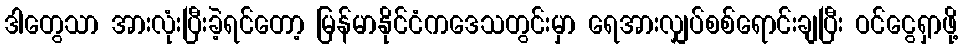
ဒါတွေသာ အားလုံးပြီးခဲ့ရင်တော့ မြန်မာနိုင်ငံကဒေသတွင်းမှာ ရေအားလျှပ်စစ်ရောင်းချပြီး ဝင်ငွေရှာဖို့